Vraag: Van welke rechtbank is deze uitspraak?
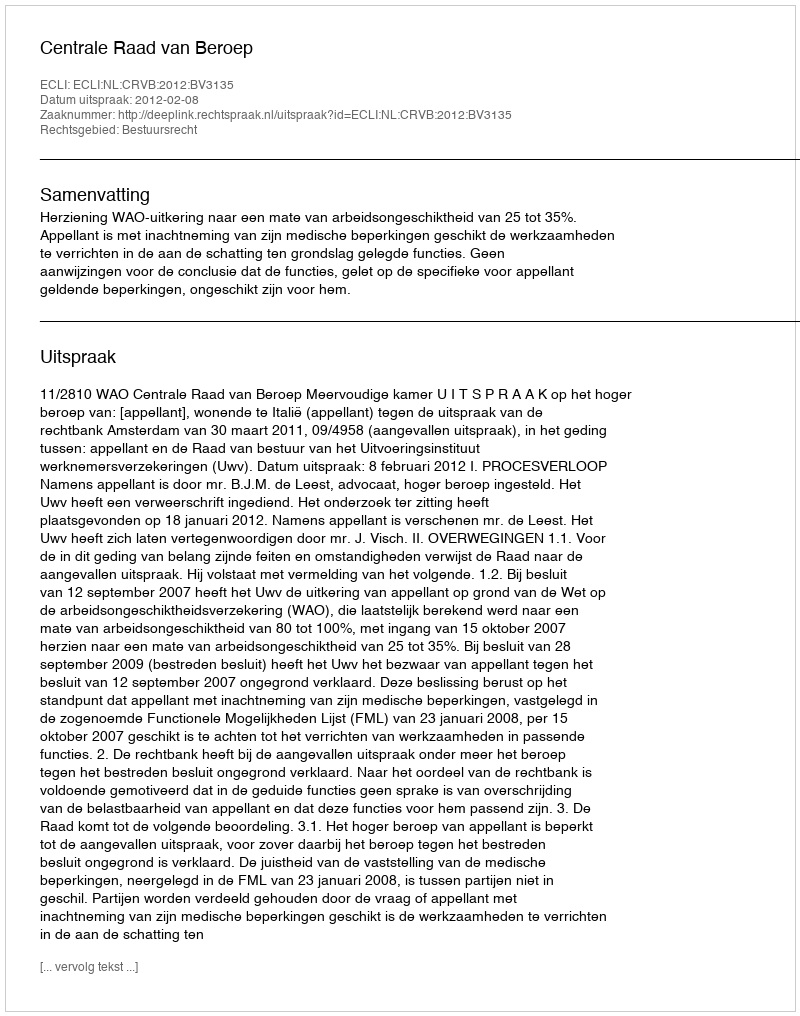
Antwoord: Centrale Raad van Beroep